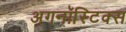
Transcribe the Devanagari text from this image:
अगनॉस्टिक्स